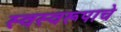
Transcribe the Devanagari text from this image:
स्वस्वरूपाचे